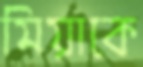
মিয়াকে